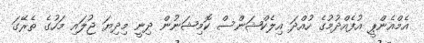
އެމްއެންޕީ އުފެއްދުމުގެ ހުއްދަ އިލެކްޝަންސް ކޮމިޝަނުން ދިނީ މިދިޔަ ޖުލައި މަހުގެ ތެރޭގަ